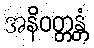
အနိဝတ္တန္တံ